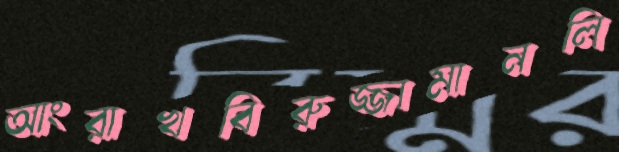
আংরাখবিরুজ্জামানলি